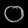
Digit: ၀